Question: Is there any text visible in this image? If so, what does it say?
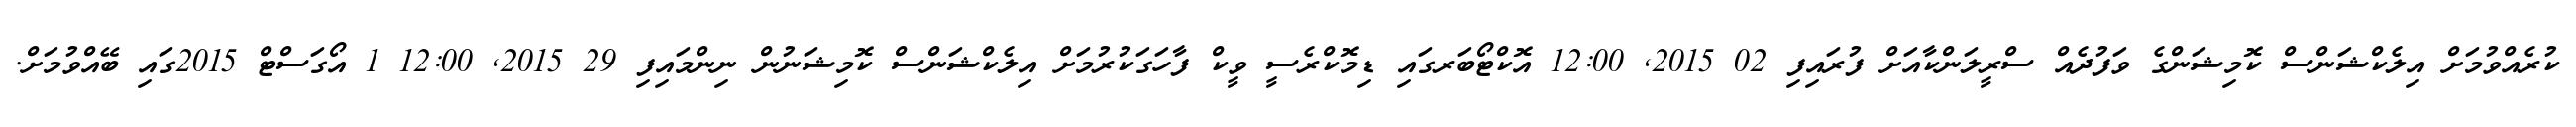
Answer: ކުރެއްވުމަށް އިލެކްޝަންސް ކޮމިޝަންގެ ވަފުދެއް ސްރީލަންކާއަށް ފުރައިފި 02 2015, 12:00 އޮކްޓޯބަރގައި ޑިމޮކްރެސީ ވީކް ފާހަގަކުރުމަށް އިލެކްޝަންސް ކޮމިޝަނުން ނިންމައިފި 29 2015, 12:00 1 އޯގަސްޓް 2015ގައި ބޭއްވުމަށް.